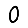
Digit: 0